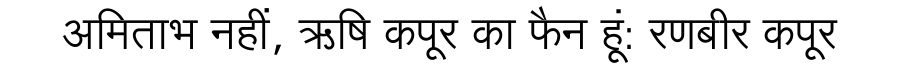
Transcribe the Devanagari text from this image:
अमिताभ नहीं, ऋषि कपूर का फैन हूं: रणबीर कपूर